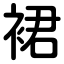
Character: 裙